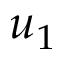
u _ { 1 }